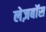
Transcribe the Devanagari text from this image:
लेज़बॉस